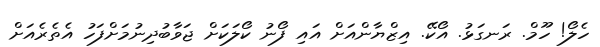
ހެލޯ! ހޫމް. ރަނގަޅު. އޯކޭ. އިޒްޔާންއަށް އައި ފޯނު ކޯލަކަށް ޖަވާބުދިނުމަށްފަހު އެތެރެއަށް